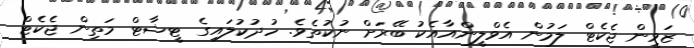
ޒަވީން ޖެކެޓް ލަމުން އެވްލީންއާއެކު ބޭރަށް ނުކުތެވެ. ހުދުކުލައިގެ ޓީޝާޓް މަތިން ޖެކެޓް